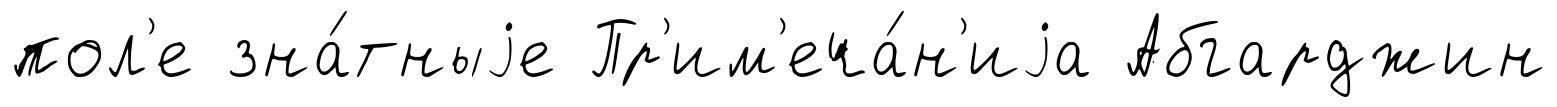
пол'е зна́тныjе Пр'им'еча́н'иjа Абгарджин